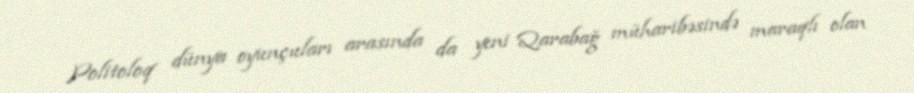
Politoloq dünya oyunçuları arasında da yeni Qarabağ müharibəsində maraqlı olan